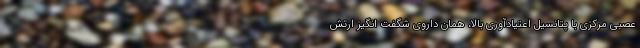
عصبی مرکزی با پتانسیل اعتیادآوری بالا، همان داروی شگفت انگیز ارتش